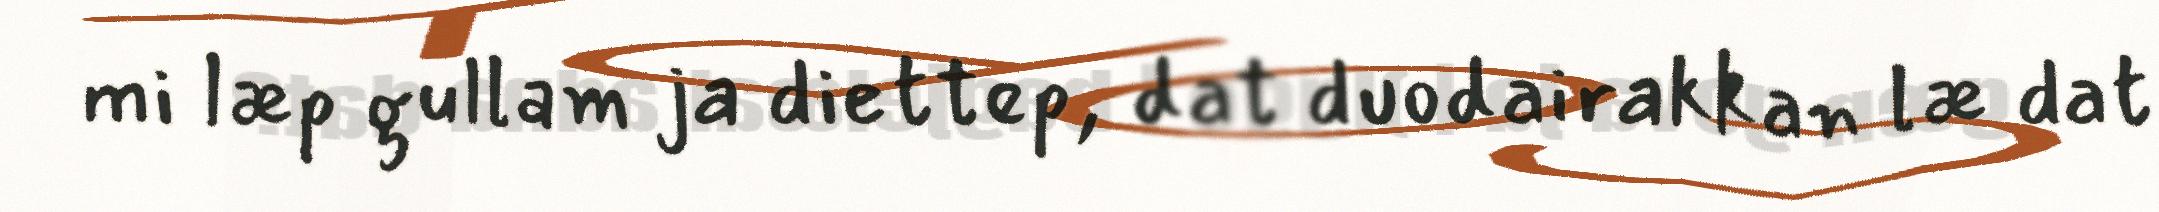
mi læp gullam ja diettep, dat duodairakkan læ dat